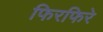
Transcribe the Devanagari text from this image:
फिरफिरे